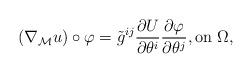
LaTeX: \begin{align*}(\nabla_{\mathcal{M}} u) \circ \varphi = \tilde{g}^{ij} \frac{\partial U}{\partial \theta^i} \frac{\partial \varphi}{\partial \theta^j}, \textnormal{on $\Omega$,}\end{align*}